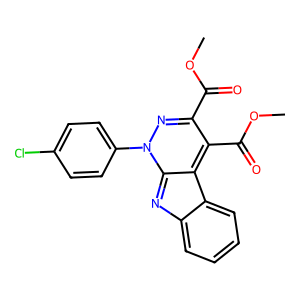
SMILES: COC(=O)c1nn(-c2ccc(Cl)cc2)c2nc3ccccc3c-2c1C(=O)OC
Inhibits HIV replication: No